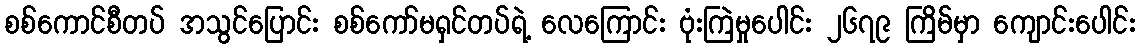
စစ်ကောင်စီတပ် အသွင်ပြောင်း စစ်ကော်မရှင်တပ်ရဲ့ လေကြောင်း ဗုံးကြဲမှုပေါင်း ၂၆၇၉ ကြိမ်မှာ ကျောင်းပေါင်း